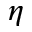
\eta